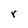
Character: r